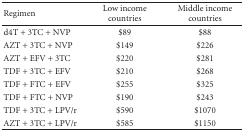
| Regimen | Low income countries | Middle income countries |
 | --- | --- | --- |
 | d4T + 3TC + NVP | $89 | $88 |
 | AZT + 3TC + NVP | $149 | $226 |
 | AZT + EFV + 3TC | $220 | $281 |
 | TDF + 3TC + EFV | $210 | $268 |
 | TDF + FTC + EFV | $255 | $325 |
 | TDF + FTC + NVP | $190 | $243 |
 | TDF + 3TC + LPV/r | $590 | $1070 |
 | AZT + 3TC + LPV/r | $585 | $1150 |